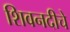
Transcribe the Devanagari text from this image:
शिवनदीचे